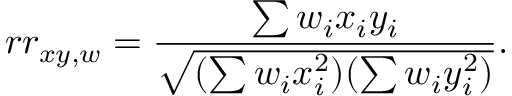
r r _ { x y , w } = { \frac { \sum w _ { i } x _ { i } y _ { i } } { \sqrt { ( \sum w _ { i } x _ { i } ^ { 2 } ) ( \sum w _ { i } y _ { i } ^ { 2 } ) } } } .